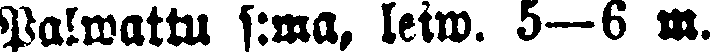
Palwattu s:ma, leiw. 5—6 m.